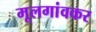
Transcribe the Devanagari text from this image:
मूलगांवकर